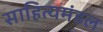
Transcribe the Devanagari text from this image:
साहित्यमंडल